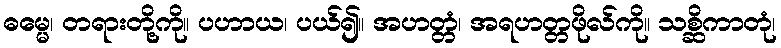
ဓမ္မေ၊ တရားတို့ကို။ ပဟာယ၊ ပယ်၍။ အဟတ္တံ၊ အရဟတ္တဖိုလ်ကို။ သစ္ဆိကာတုံ၊